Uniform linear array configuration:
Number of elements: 12
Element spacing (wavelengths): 0.25
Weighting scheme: uniform
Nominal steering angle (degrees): -45
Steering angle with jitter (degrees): -43.086
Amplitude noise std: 0.05
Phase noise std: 0.05

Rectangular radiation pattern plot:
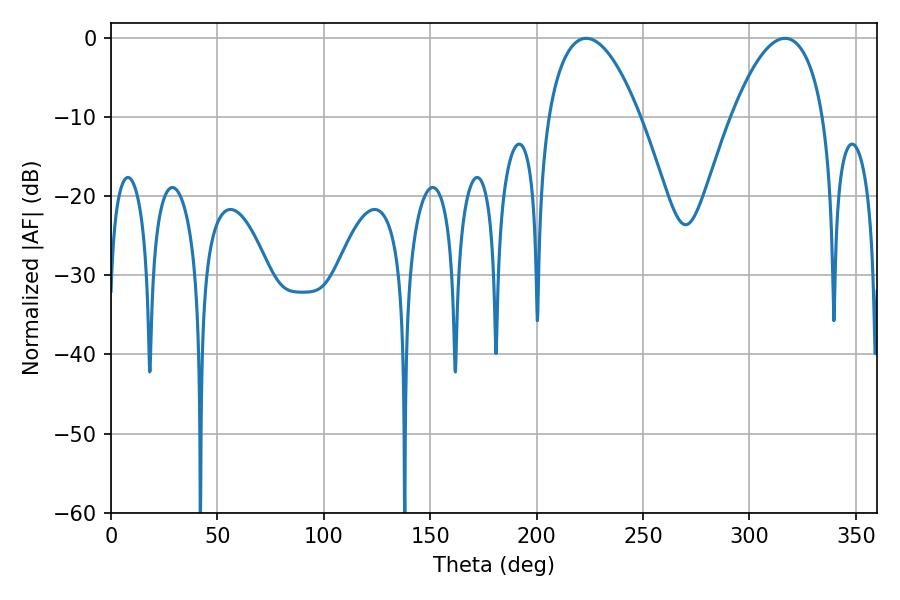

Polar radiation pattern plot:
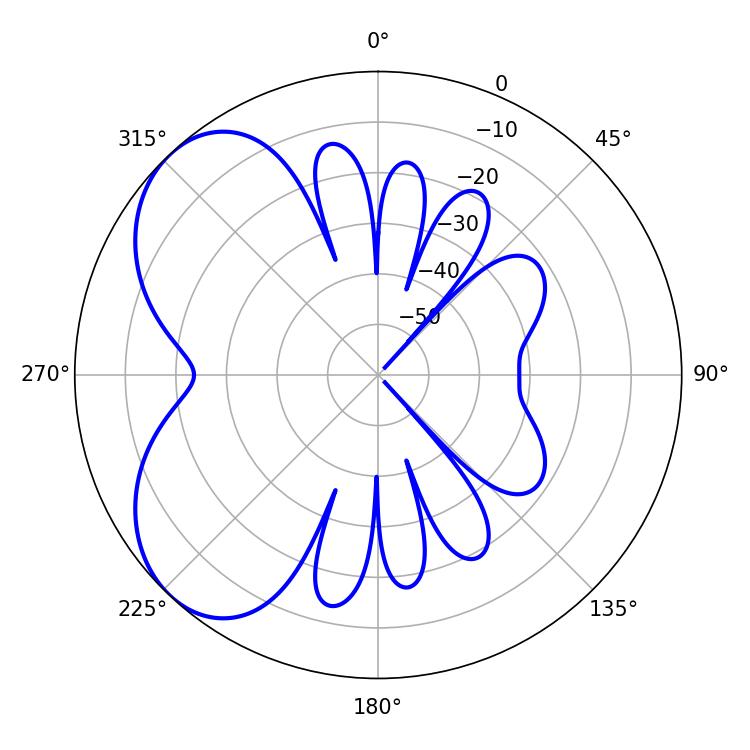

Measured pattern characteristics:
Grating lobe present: FALSE
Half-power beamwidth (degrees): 23.94
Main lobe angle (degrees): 223.38